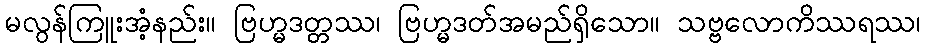
မလွန်ကြူးအံ့နည်း။ ဗြဟ္မဒတ္တဿ၊ ဗြဟ္မဒတ်အမည်ရှိသော။ သဗ္ဗလောကိဿရဿ၊